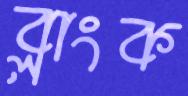
ব্লাংক